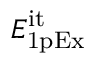
E _ { \mathrm { 1 p E x } } ^ { \mathrm { i t } }